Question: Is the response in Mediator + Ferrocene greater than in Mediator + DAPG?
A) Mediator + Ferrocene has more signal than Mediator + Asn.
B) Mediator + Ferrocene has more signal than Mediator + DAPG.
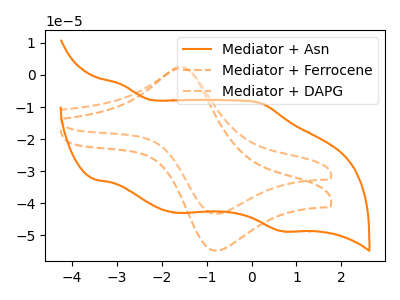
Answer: <think>The orange curve "Mediator + Asn" has anodic peaks at (-2.90V, -2.95uA) (0.25V, -8.90uA) and cathodic peaks at (-1.70V, -43.00uA) (0.65V, -48.65uA). The orange dashed curve "Mediator + Ferrocene" has an anodic peak at (-1.55V, 2.55uA) and a cathodic peak at (-0.85V, -54.75uA). The orange dashed curve "Mediator + DAPG" has an anodic peak at (-1.55V, 2.00uA) and a cathodic peak at (-0.85V, -43.25uA).
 All the peaks in "Mediator + Ferrocene" have a peak in "Mediator + DAPG" at the same potential. Every peak in "Mediator + Ferrocene" is higher than every peak in "Mediator + DAPG".</think>
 <answer>B) "Mediator + Ferrocene" has more signal than "Mediator + DAPG".</answer>
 <eval>B</eval>